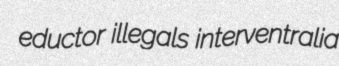
eductor illegals interventralia